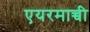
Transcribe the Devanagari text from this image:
एयरमाच्ची